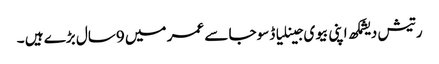
رتیش دیشمکھ اپنی بیوی جینلیا ڈسوجا سے عمر میں 9سال بڑے ہیں ۔